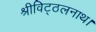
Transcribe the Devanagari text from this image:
श्रीविट्ठलनाथ।